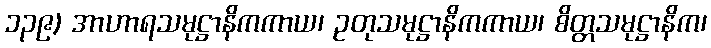
၁၃၉) အာဟာရသမုဋ္ဌာနိကကာယ၊ ဥတုသမုဋ္ဌာနိကကာယ၊ စိတ္တသမုဋ္ဌာနိက၊